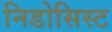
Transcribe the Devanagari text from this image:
निडोसिस्ट